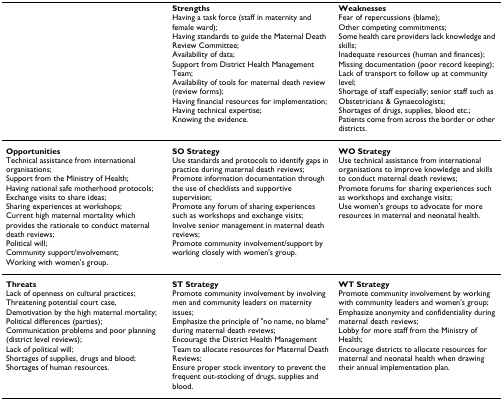
<table><thead><tr><td></td><td><b>StrengthsHaving a task force (staff in maternity and female ward);Having standards to guide the Maternal Death Review Committee;Availability of data;Support from District Health Management Team;Availability of tools for maternal death review (review forms);Having financial resources for implementation;Having technical expertise;Knowing the evidence.</b></td><td><b>WeaknessesFear of repercussions (blame);Other competing commitments;Some health care providers lack knowledge and skills;Inadequate resources (human and finances);Missing documentation (poor record keeping);Lack of transport to follow up at community level;Shortage of staff especially; senior staff such as Obstetricians &amp; Gynaecologists;Shortages of drugs, supplies, blood etc.;Patients come from across the border or other districts.</b></td></tr></thead><tbody><tr><td><b>Opportunities</b>Technical assistance from international organisations;Support from the Ministry of Health;Having national safe motherhood protocols;Exchange visits to share ideas;Sharing experiences at workshops;Current high maternal mortality which provides the rationale to conduct maternal death reviews;Political will;Community support/involvement;Working with women&#x27;s group.</td><td><b>SO Strategy</b>Use standards and protocols to identify gaps in practice during maternal death reviews;Promote information documentation through the use of checklists and supportive supervision;Promote any forum of sharing experiences such as workshops and exchange visits;Involve senior management in maternal death reviews;Promote community involvement/support by working closely with women&#x27;s group.</td><td><b>WO Strategy</b>Use technical assistance from international organisations to improve knowledge and skills to conduct maternal death reviews;Promote forums for sharing experiences such as workshops and exchange visits;Use women&#x27;s groups to advocate for more resources in maternal and neonatal health.</td></tr><tr><td><b>Threats</b>Lack of openness on cultural practices;Threatening potential court case,Demotivation by the high maternal mortality;Political differences (parties);Communication problems and poor planning (district level reviews);Lack of political will;Shortages of supplies, drugs and blood;Shortages of human resources.</td><td><b>ST Strategy</b>Promote community involvement by involving men and community leaders on maternity issues;Emphasize the principle of &quot;no name, no blame&quot; during maternal death reviews;Encourage the District Health Management Team to allocate resources for Maternal Death Reviews;Ensure proper stock inventory to prevent the frequent out-stocking of drugs, supplies and blood.</td><td><b>WT Strategy</b>Promote community involvement by working with community leaders and women&#x27;s group;Emphasize anonymity and confidentiality during maternal death reviews;Lobby for more staff from the Ministry of Health;Encourage districts to allocate resources for maternal and neonatal health when drawing their annual implementation plan.</td></tr></tbody></table>